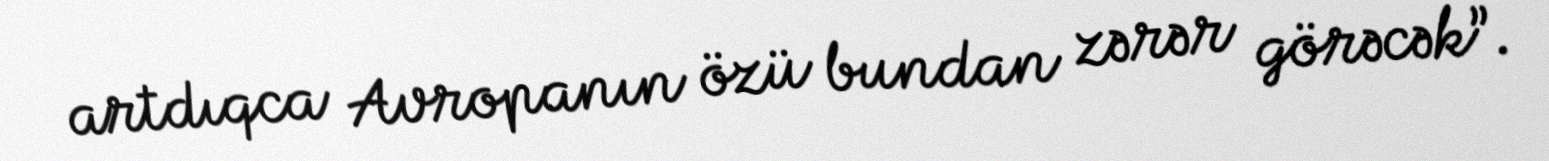
artdıqca Avropanın özü bundan zərər görəcək”.